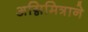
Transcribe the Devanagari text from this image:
अग्निमित्राने